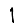
Digit: 1